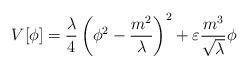
LaTeX: \begin{align*} V[\phi] = \frac{\lambda}{4} \left(\phi ^2 - \frac{m^2}{\lambda}\right)^2 + \varepsilon \frac {m^3} {\sqrt \lambda} \phi\end{align*}